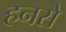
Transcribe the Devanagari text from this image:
हनसे